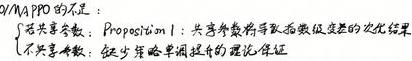
/NAFPO的不足：
\begin{proposition} 1: 共享参数导致函数低质量的优化结果
\end{proposition}
\begin{proposition} 2: 缺少理论单调提升的理论保证
\end{proposition}